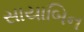
સાયાબિન